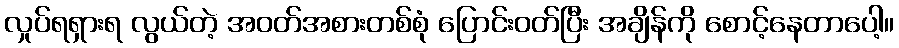
လှုပ်ရရှားရ လွယ်တဲ့ အဝတ်အစားတစ်စုံ ပြောင်းဝတ်ပြီး အချိန်ကို စောင့်နေတာပေါ့။